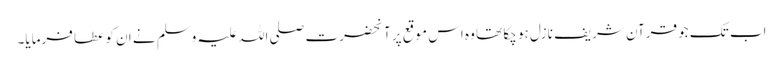
اب تک جو قرآن شریف نازل ہو چکا تھا وہ اس موقع پر آنحضرت صلی اللہ علیہ وسلم نے ان کو عطا فرمایا۔